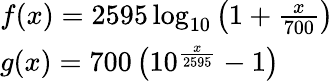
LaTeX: \begin{array}{lcl}{f(x)=2595\log_{10}\left(1+{\frac{x}{700}}\right)}\\ {g(x)=700\left(10^{\frac{x}{2595}}-1\right)}\end{array}